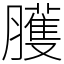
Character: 臒